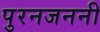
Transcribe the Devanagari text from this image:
पुरनजननी